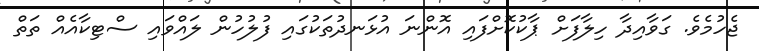
ޖެހުމެވެ. ގަވާއިދާ ހިލާފަށް ޕާކުކޮށްފައި އޮންނަ އުޅަނދުތަކުގައި ފުލުހުން ލައްވައި ސްޓިކާއެއް ތަތް